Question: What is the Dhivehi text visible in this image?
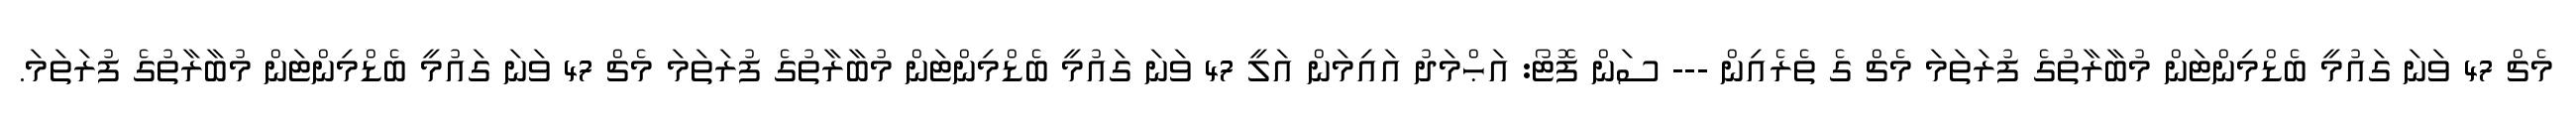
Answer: މެޗް 47 ވަނަ ގައުމީ ބެޑްމިންޓަން މުބާރާތުގެ ފުރަތަމަ މެޗް ގެ ތެރެއިން --- ސަން ފޮޓޯ: އަޙްމަދު އައިމަން އަލީ 47 ވަނަ ގައުމީ ބެޑްމިންޓަން މުބާރާތުގެ ފުރަތަމަ މެޗް 47 ވަނަ ގައުމީ ބެޑްމިންޓަން މުބާރާތުގެ ފުރަތަމަ.